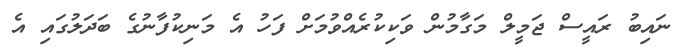
ނައިބު ރައީސް ޖަމީލް މަގާމުން ވަކިކުރެއްވުމަށް ފަހު އެ މަނިކުފާނުގެ ބަދަލުގައި އެ